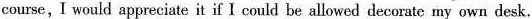
course, I would appreciate it if I could be allowed decorate my own desk.